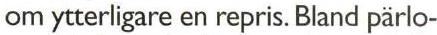
om ytterligare en repris. Bland pärlo-